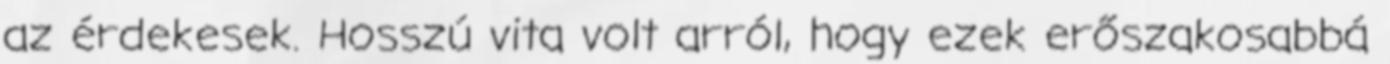
az érdekesek. Hosszú vita volt arról, hogy ezek erőszakosabbá